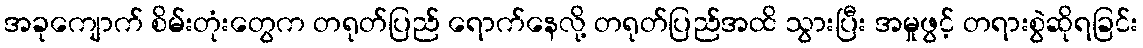
အခုကျောက် စိမ်းတုံးတွေက တရုတ်ပြည် ရောက်နေလို့ တရုတ်ပြည်အထိ သွားပြီး အမှုဖွင့် တရားစွဲဆိုရခြင်း